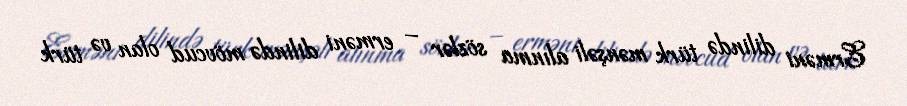
Erməni dilində türk mənşəli alınma sözlər – erməni dilində mövcud olan və türk